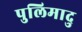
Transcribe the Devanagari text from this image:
पुलिमादु